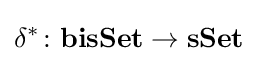
\delta ^{*}\colon \mathbf {bisSet} \rightarrow \mathbf {sSet}